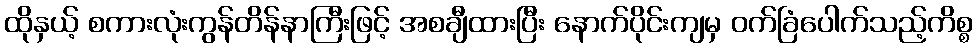
ထိုနှယ့် စကားလုံးကွန်တိန်နာကြီးဖြင့် အစချီထားပြီး နောက်ပိုင်းကျမှ ဝက်ခြံပေါက်သည့်ကိစ္စ